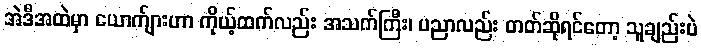
အဲဒီအထဲမှာ ယောက်ျားဟာ ကိုယ့်ထက်လည်း အသက်ကြီး၊ ပညာလည်း တတ်ဆိုရင်တော့ သူချည်းပဲ